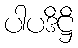
ပါပဒိဋ္ဌိ